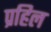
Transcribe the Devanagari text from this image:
प्रहिल